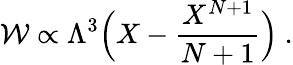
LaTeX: {\cal W}\propto\Lambda^{3}\Big(X-{\frac{X^{N+1}}{N+1}}\Big)~.